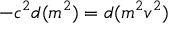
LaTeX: - c ^ { 2 } d ( m ^ { 2 } ) = d ( m ^ { 2 } v ^ { 2 } )